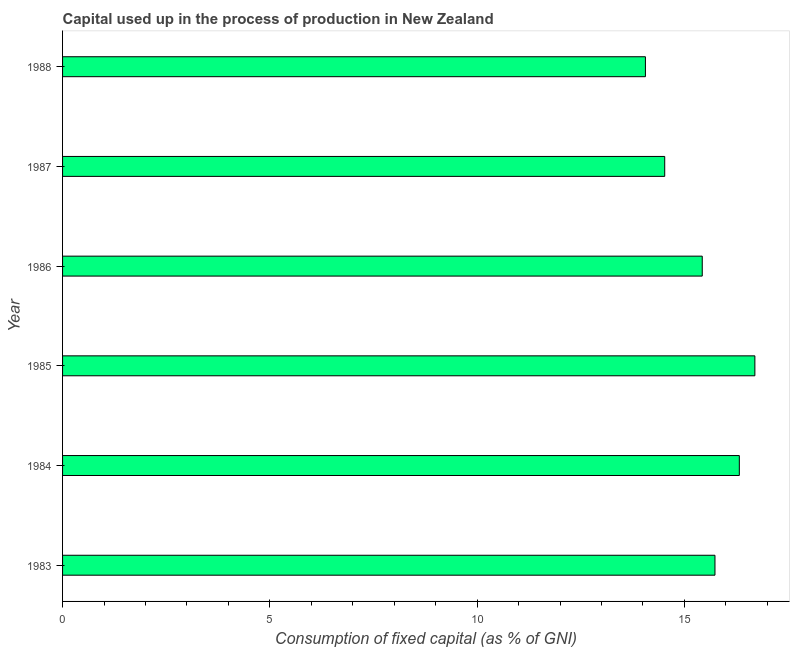
| Year | Consumption of fixed capital |
 | --- | --- |
 | 1983 | 15.7 |
 | 1984 | 16.3 |
 | 1985 | 16.7 |
 | 1986 | 15.4 |
 | 1987 | 14.5 |
 | 1988 | 14.1 |